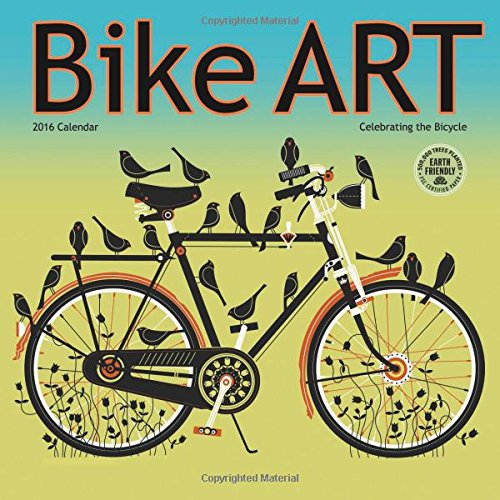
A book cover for Bike Art 2016 Bicycle Wall Calendar; Amber Lotus Publishing; Calendars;